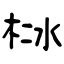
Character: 栤